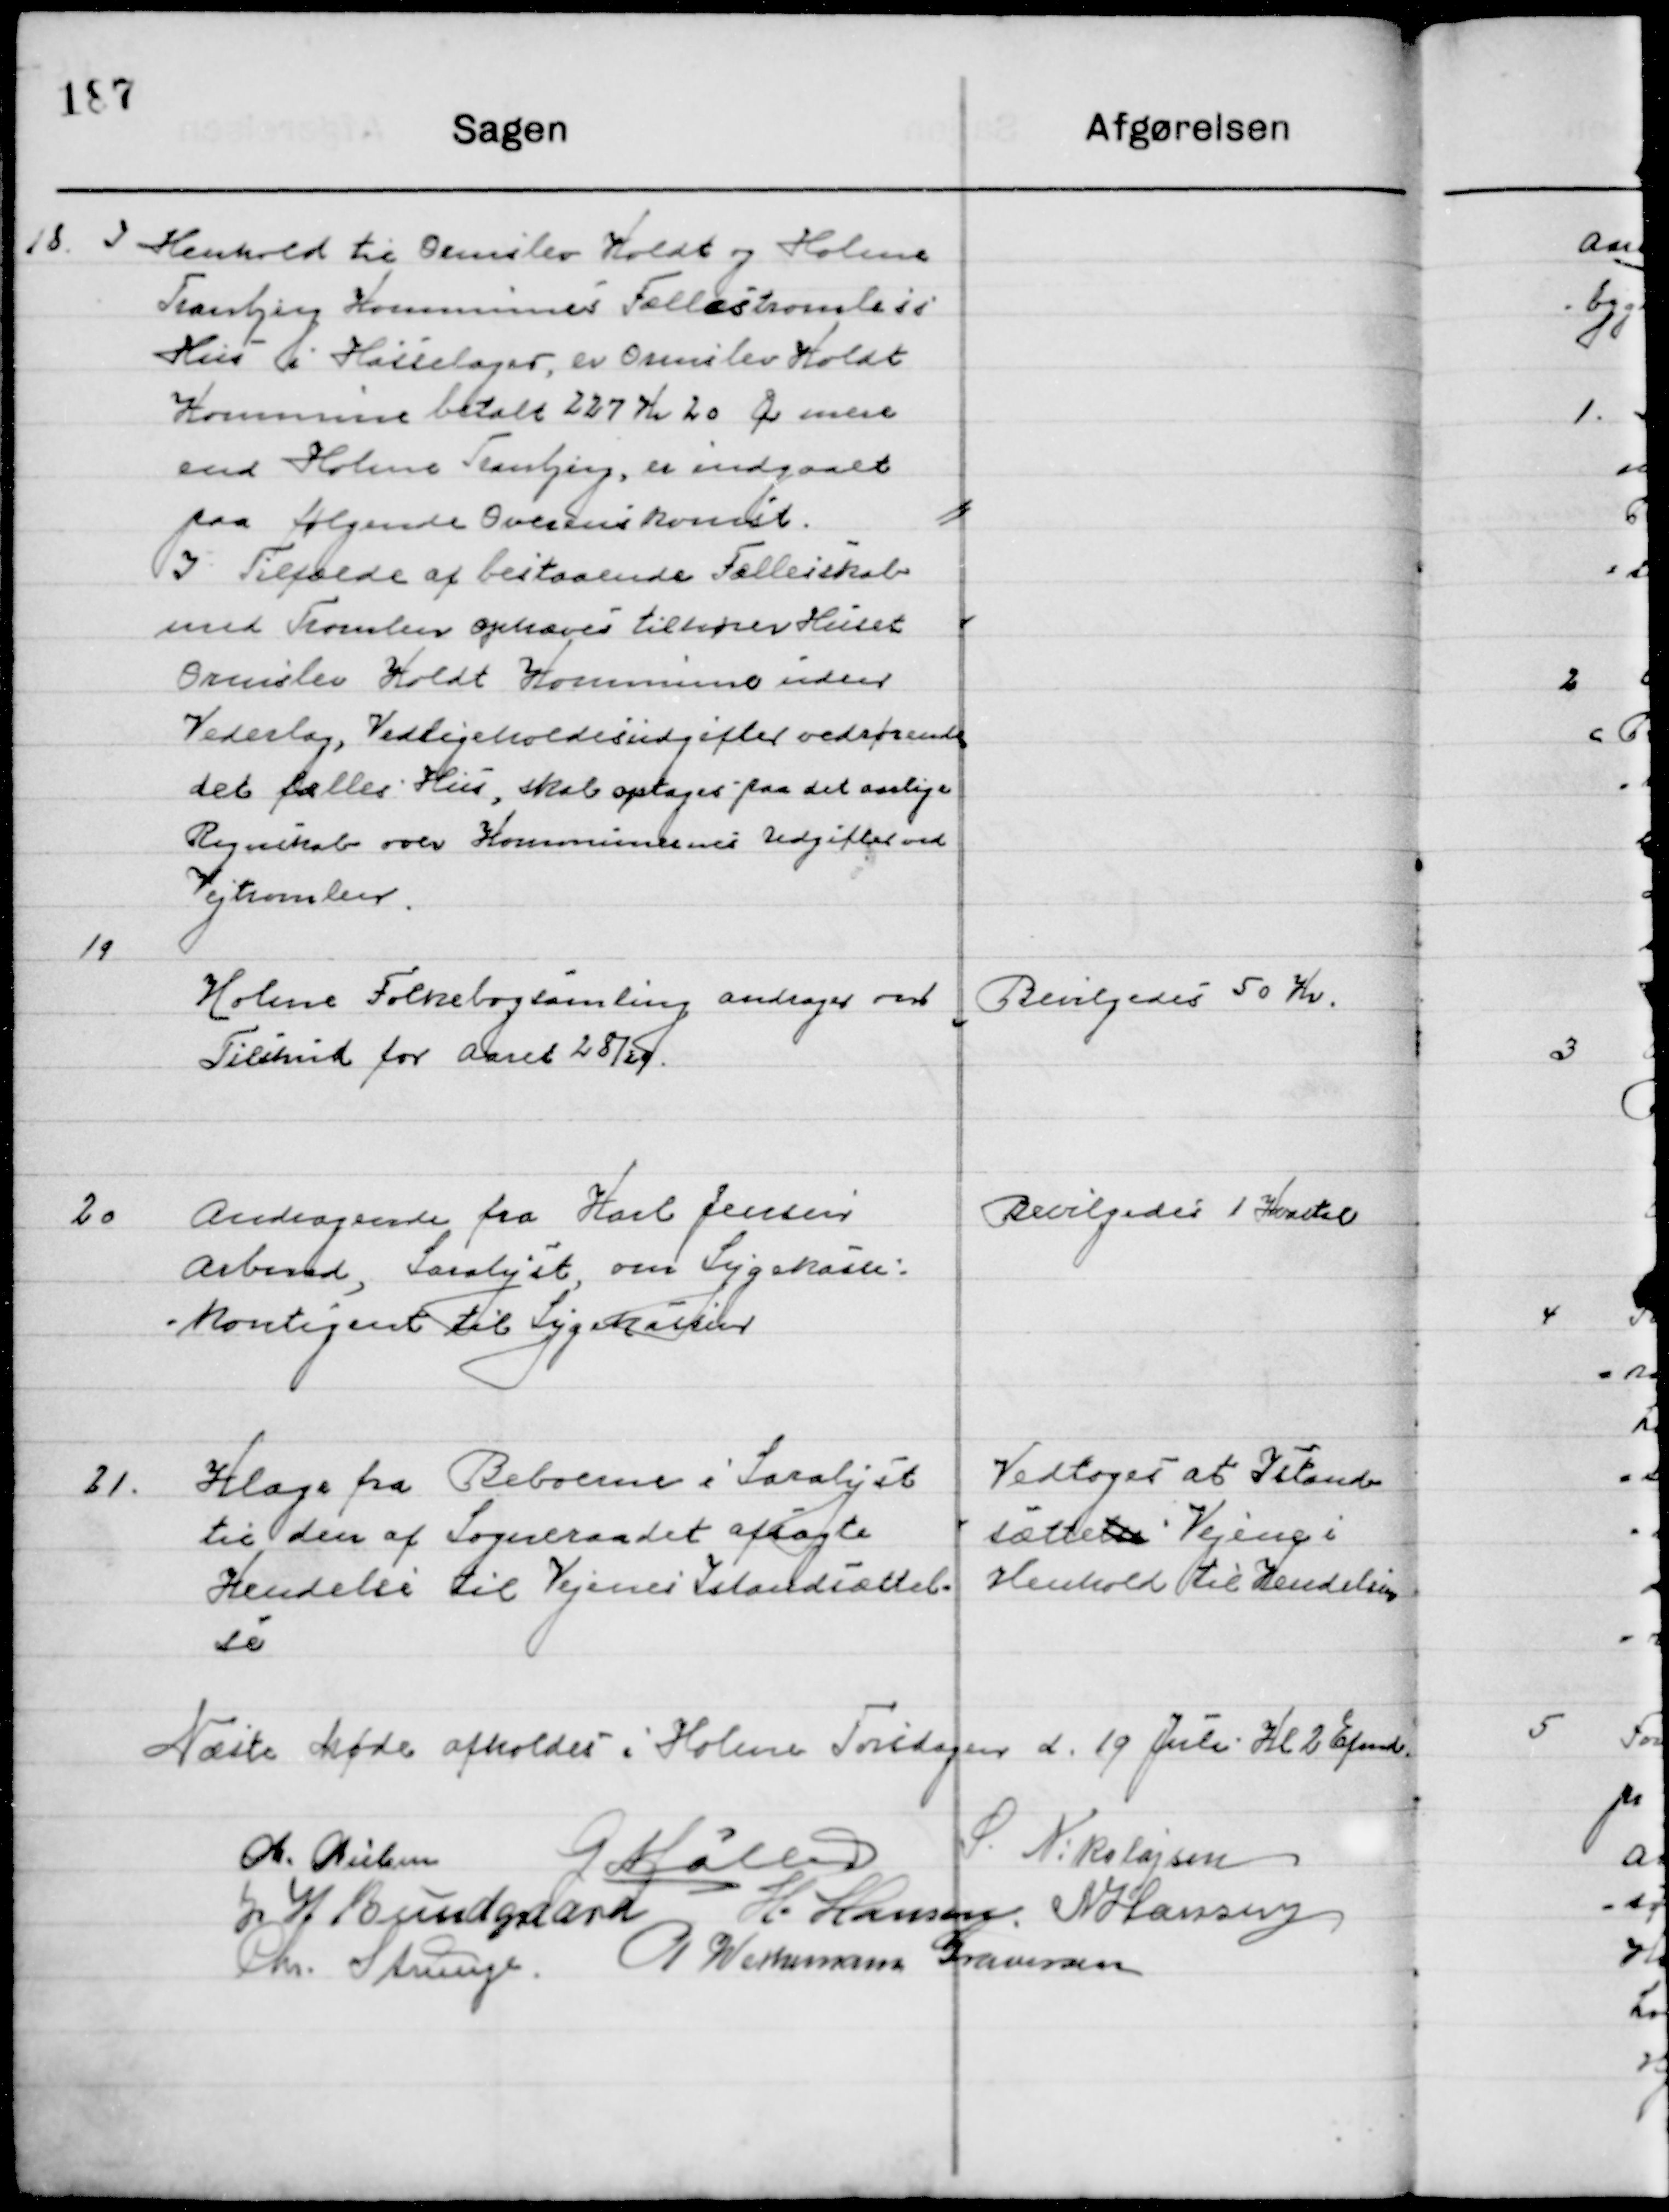
Transskription:
18

I henhold til Ormslev Koldt og Holme
Tranbjerg Kommunes Fællestromlers 
Hus i Hasselager, er Ormslev Koldt
Kommune betalt 227 Kr. 20 Øre mere
end Holme Tranbjerg er indgaaet
paa følgende Overenskomst.
I tilfælde af bestaaende Fællesskab
Med Framlev ophæves tilhører Huset
Ormslev Koldt Kommune uden
Vederlag, Vedligeholdelsesudgifter vedrørende
det fælles hus, skal optages paa det aarlige
Regnskab over Kommunens udgifter ved
Vejtromler.

19

Holme Folkebogsamling andrager om
Tilskud for Aaret 29 /29.

Bevilgedes 50 Kr.

20

Andragende fra Karl Jensen
Arbmd., Saralyst, om Sygekasse-
kontingent til Sygekassen

Bevilgedes 1 Kvartal

21

Klage fra Beboerne i Saralyst
til den af Sogneraadet afsagte 
Kendelse til Vejenes Istandsættel-
se

Vedtoges at Istand-
sætte Vejene i 
Henhold til Kendelsen

Næste Møde afholdes i  Holme Torsdag d. 19 Juli Kl. 2 Eftermd.

M. Nielsen
G. Møller
S. Nikolajsen
J. H. Bundgaard
H. Hansen
N. Hansen
Chr. Strunge
P. Wethemann Graversen